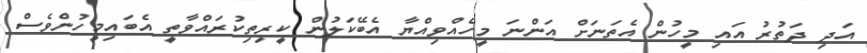
އަދި ދަތުރު އައި މީހުން އެތަނަށް އަންނަ މީހެއްވިއްޔާ އެބޭކަލުން ކީރިތިކުރައްވާތީ އެބައިމީހުންވެސް